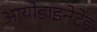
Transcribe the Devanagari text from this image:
आयोडाइनेटेड